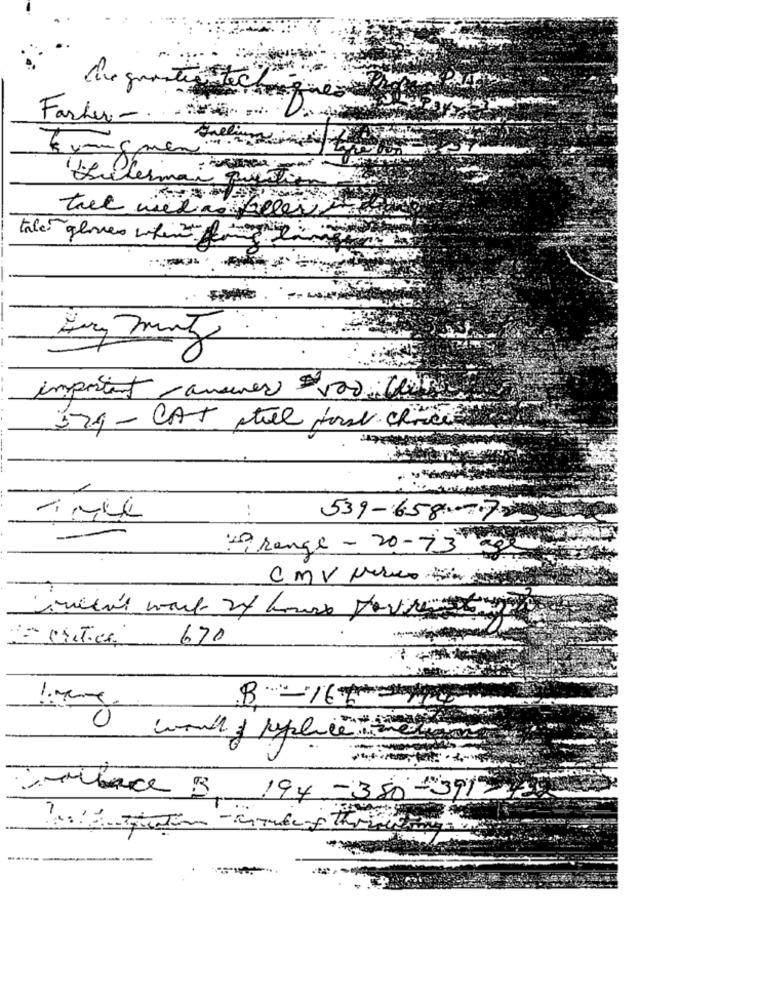
Che guosteg teching
. ..
Farber -..
Evaugmen-
Bufermai que
taler gloves when fre ei
M
important anunes $500 Chi
579 - CAT twee fort choice
..
539-658-725
- range - 20-73 age
CMV Nervo
670
B-16114
00
0
Trabace 3 194 -380-39124